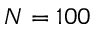
N = 1 0 0